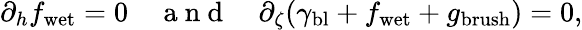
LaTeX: \partial_{h}f_{\mathrm{wet}}=0\quad\mathrm{~a~n~d~}\quad\partial_{\zeta}(\gamma_{\mathrm{bl}}+f_{\mathrm{wet}}+g_{\mathrm{brush}})=0,